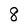
Character: 8